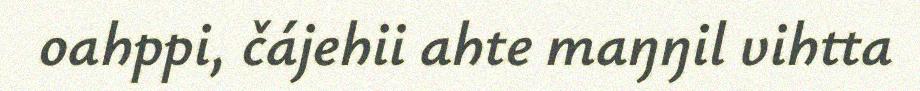
oahppi, čájehii ahte maŋŋil vihtta